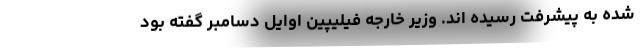
شده به پیشرفت رسیده‌ اند. وزیر خارجه فیلیپین اوایل دسامبر گفته بود